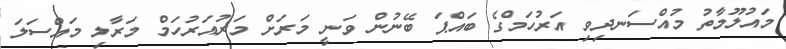
މައުލޫމާތު މުއްސަނދިވި އަރުހަމްގެ ބައްޕަ ބޭނުން ވަނީ މަރަށް މަރުއަރުހަމް މަރާލި މައްސަލަ